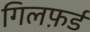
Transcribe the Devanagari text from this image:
गिलफ़र्ड